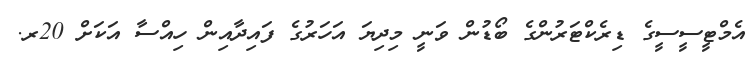
އެމްޓީސީސީގެ ޑިރެކްޓަރުންގެ ބޯޑުން ވަނީ މިދިޔަ އަހަރުގެ ފައިދާއިން ހިއްސާ އަކަށް 20ރ.